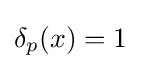
\delta _{p}(x)=1